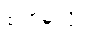
စရာမလို။